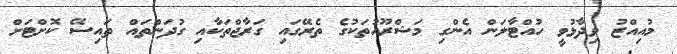
މުއިއްޒު ވިދާޅުވީ ހުއްޓާލަން އެންގި މަޝްރޫއުތަކުގެ ތެރޭގައި ގަރާޖްތަކާއި ގުދަންތައް ތައިސޭ ކޮށްޓަށް